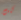
كنت